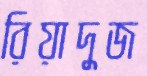
রিয়াদুজ